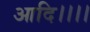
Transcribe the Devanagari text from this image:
आदि।।।।